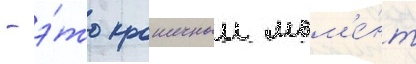
- э́то крошечныи мом'е́нт